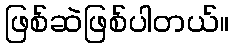
ဖြစ်ဆဲဖြစ်ပါတယ်။